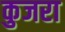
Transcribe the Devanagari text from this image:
कुजरा